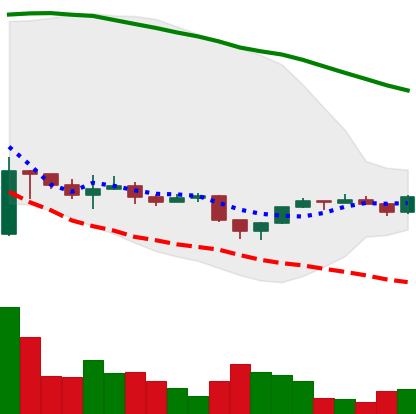
Ticker: ETH-USD
Chart end date: 2022-11-29
Forward return: 5.206%
Label: up_5_7